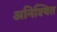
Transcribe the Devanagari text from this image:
अनिश्यित